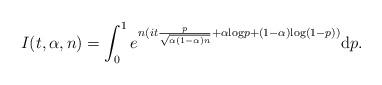
LaTeX: \begin{align*}I(t,\alpha,n)= \int_0^1e^{n(it\frac{p}{\sqrt{\alpha(1-\alpha)n}}+\alpha {\rm log}p + (1-\alpha) {\rm log}(1-p))}{\rm d} p.\end{align*}